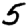
Digit: 5